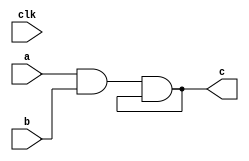
module x(input clk,a,b,output c); 

assign c = a & b & c;

endmodule